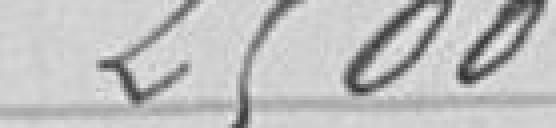
2500